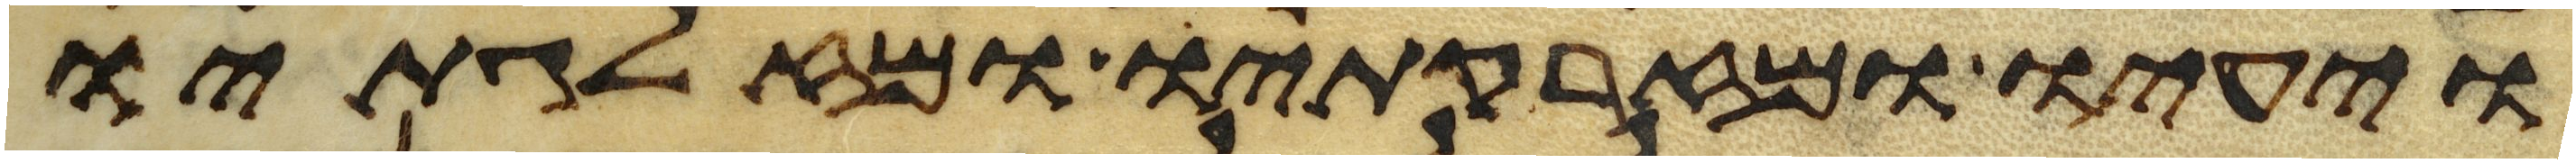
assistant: ויעיו ומזרקתיו ומזלגתיו